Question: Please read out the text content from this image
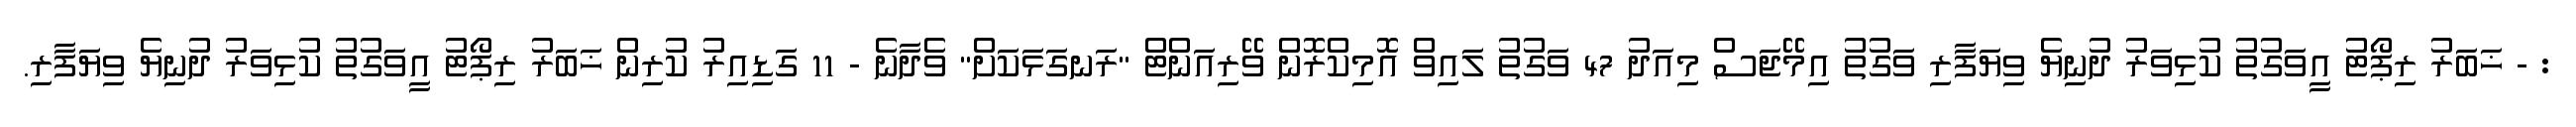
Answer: : - ޚަބަރު ރިޕޯޓު އީވަގުތު ކުޅިވަރު ދުނިޔެ ވިޔަފާރި ވަގުތު އިމޭޖަސް މިއަދު 47 ވަގުތު ލައިވް އޮމިކްރޮން ވޭރިއަންޓް "ރަނގަޅަކަށް" ވެދާނެ - 11 ގަޑިއިރު ކުރިން ޚަބަރު ރިޕޯޓު އީވަގުތު ކުޅިވަރު ދުނިޔެ ވިޔަފާރި.